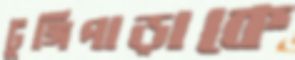
টুঙ্গিপাড়াকে